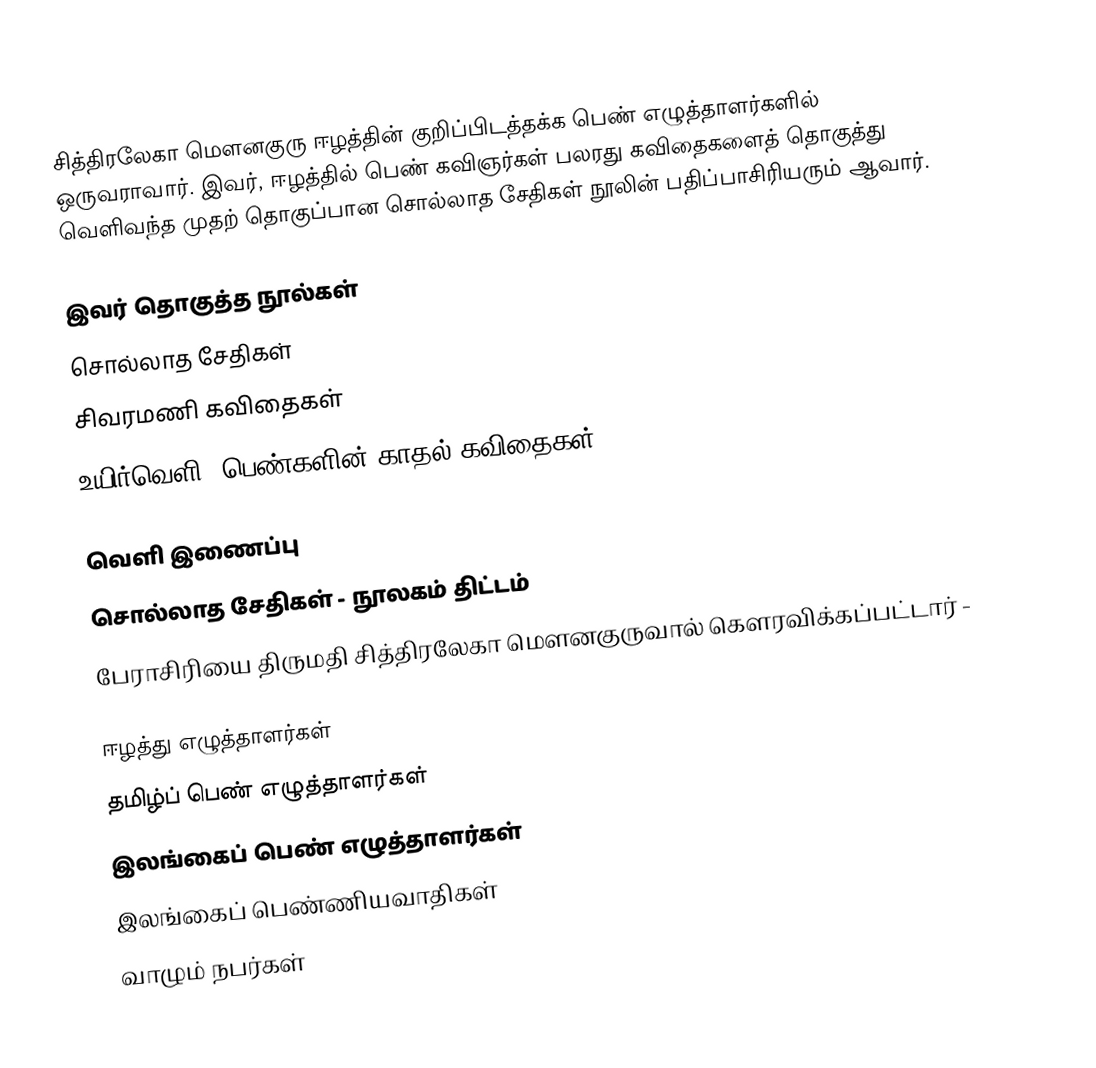
சித்திரலேகா மௌனகுரு ஈழத்தின் குறிப்பிடத்தக்க பெண் எழுத்தாளர்களில் ஒருவராவார். இவர், ஈழத்தில் பெண் கவிஞர்கள் பலரது கவிதைகளைத் தொகுத்து வெளிவந்த முதற் தொகுப்பான சொல்லாத சேதிகள் நூலின் பதிப்பாசிரியரும் ஆவார்.

இவர் தொகுத்த நூல்கள்
 சொல்லாத சேதிகள்
 சிவரமணி கவிதைகள்
 உயிர்வெளி (பெண்களின் காதல் கவிதைகள்)

வெளி இணைப்பு
 சொல்லாத சேதிகள் - நூலகம் திட்டம்
 பேராசிரியை திருமதி சித்திரலேகா மௌனகுருவால் கௌரவிக்கப்பட்டார் -

ஈழத்து எழுத்தாளர்கள்
தமிழ்ப் பெண் எழுத்தாளர்கள்
இலங்கைப் பெண் எழுத்தாளர்கள்
இலங்கைப் பெண்ணியவாதிகள்
வாழும் நபர்கள்